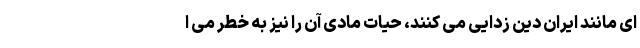
ای مانند ایران دین زدایی می کنند، حیات مادی آن را نیز به خطر می ا